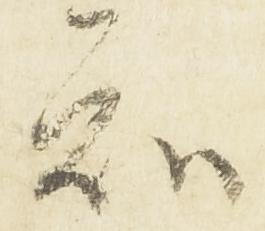
知